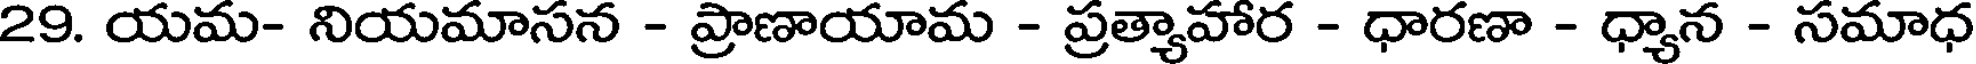
29. యమ- నియమాసన - ప్రాణాయామ - ప్రత్యాహార - ధారణా - ధ్యాన - సమాధ